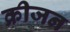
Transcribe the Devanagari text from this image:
क्रीजन